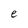
Character: e